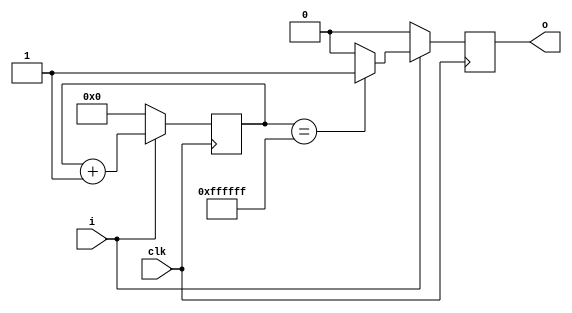
`timescale 1ns / 1ps
//////////////////////////////////////////////////////////////////////////////////
// Company: 
// Engineer: 
// 
// Design Name: 
// Module Name: debounce
// Project Name: 
// Target Devices: 
// Tool Versions: 
// Description: 
// 
// Dependencies: 
// 
// Revision:
// Revision 0.01 - File Created
// Additional Comments:
// 
//////////////////////////////////////////////////////////////////////////////////


module debounce(
input clk,
input i,
output reg o
    );
 reg[23:0]c;
 initial c = 24'b0;
 
 always@(posedge clk)begin   
   if(i==1)begin
     if(c==24'hFFFFFF)
      o <= 1;
     else
      o <= 0;
     c <= c+1;
    end 
   else begin
     c <= 24'b0;
     o <= 0;
    end
  end  
endmodule